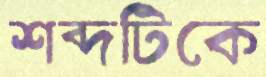
শব্দটিকে